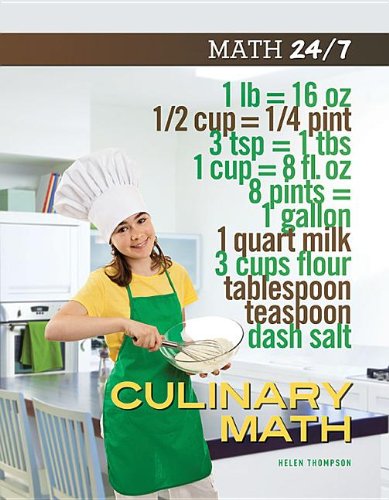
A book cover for Culinary Math (Math 24/7); Helen Thompson; Teen & Young Adult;